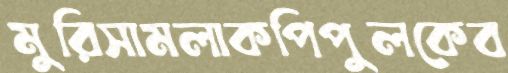
মুরিসামলাকপিপুলকেব